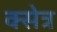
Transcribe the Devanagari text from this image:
क्सेत्र